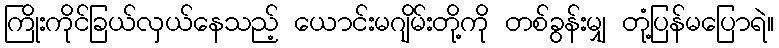
ကြိုးကိုင်ခြယ်လှယ်နေသည့် ယောင်းမဂျိမ်းတို့ကို တစ်ခွန်းမျှ တုံ့ပြန်မပြောရဲ။